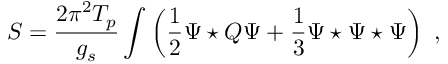
S = \frac { 2 \pi ^ { 2 } T _ { p } } { g _ { s } } \int \left( \frac { 1 } { 2 } \Psi \star Q \Psi + \frac { 1 } { 3 } \Psi \star \Psi \star \Psi \right) \ ,